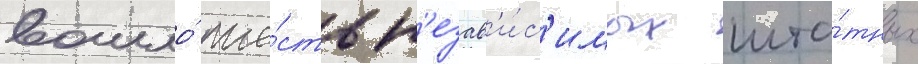
вошло́ ше́сть н'езав'и́с'имых шта́тных